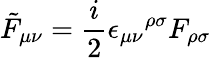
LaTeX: \tilde{F}_{\mu\nu}=\frac{i}{2}{\epsilon_{\mu\nu}}^{\rho\sigma}F_{\rho\sigma}